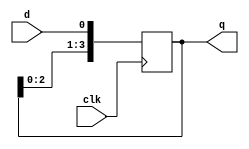
`timescale 1ns / 1ps

module four_bit_shift_register(d, clk, q);
    input d, clk;
    output reg [3:0] q;

initial q=4'b0000;

always@(posedge clk)
begin
    q[3]=q[2];
    q[2]=q[1];
    q[1]=q[0];
    q[0]=d;
end 

endmodule